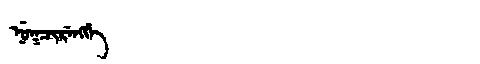
Manchu: ᠨᡠᡴᠴᡳᡵᡝᠩᡤᡝ
Romanization: NUKCIRENGGE